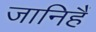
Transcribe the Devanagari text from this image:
जानिहैं